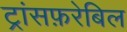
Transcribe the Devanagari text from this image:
ट्रांसफ़रेबिल